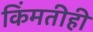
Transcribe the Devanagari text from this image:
किंमतीही